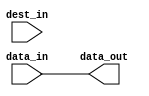
module c_align
  (data_in, dest_in, data_out);
   
   // width of input data
   parameter in_width = 32;
   
   // width of destination vector
   parameter out_width = 32;
   
   // offset at which to place input data within destination vector
   // (portions of the input data that end up to the left or right of the
   // destination vector will be trimmed)
   parameter offset = 0;
   
   // input vector
   input [0:in_width-1] data_in;
   
   // destination vector
   input [0:out_width-1] dest_in;
   
   // result
   output [0:out_width-1] data_out;
   wire [0:out_width-1]   data_out;
   
   genvar 		  i;
   
   generate
      
      for(i = 0; i < out_width; i = i + 1)
	begin:bits
	   
	   if((i < offset) || (i >= (offset + in_width)))
	     assign data_out[i] = dest_in[i];
	   else
	     assign data_out[i] = data_in[i - offset];
	   
	end
      
   endgenerate
   
endmodule